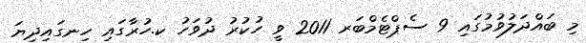
މި ބައްދަލުވުމުގައި 9 ސެޕްޓެމްބަރ 2011 ވީ ހުކުރު ދުވަހު ކ.ހުރާގައި ހިނގައިދިޔަ